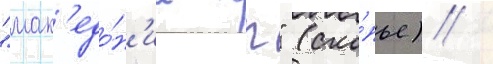
"мак'едо́н'иа гп" (ско́пье) /